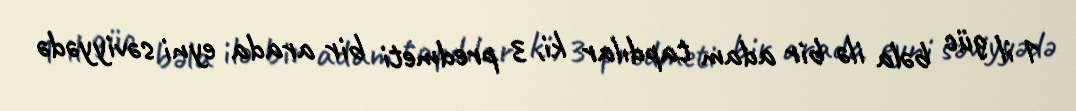
1 il güc bəla ilə bir adam tapdılar ki, 3 predmeti bir arada eyni səviyyədə